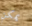
يمكن